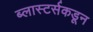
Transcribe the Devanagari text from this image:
ब्लास्टर्सकडून